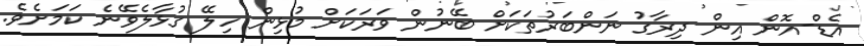
އެޑް-އޮން އިން ދިރާގު ނަންބަރުތަކަށް ބޭނުން ވަރަކަށް މުޅިން ހިލޭ ގުޅާލެވޭނެ ކަމަށެވެ.